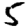
Digit: 5